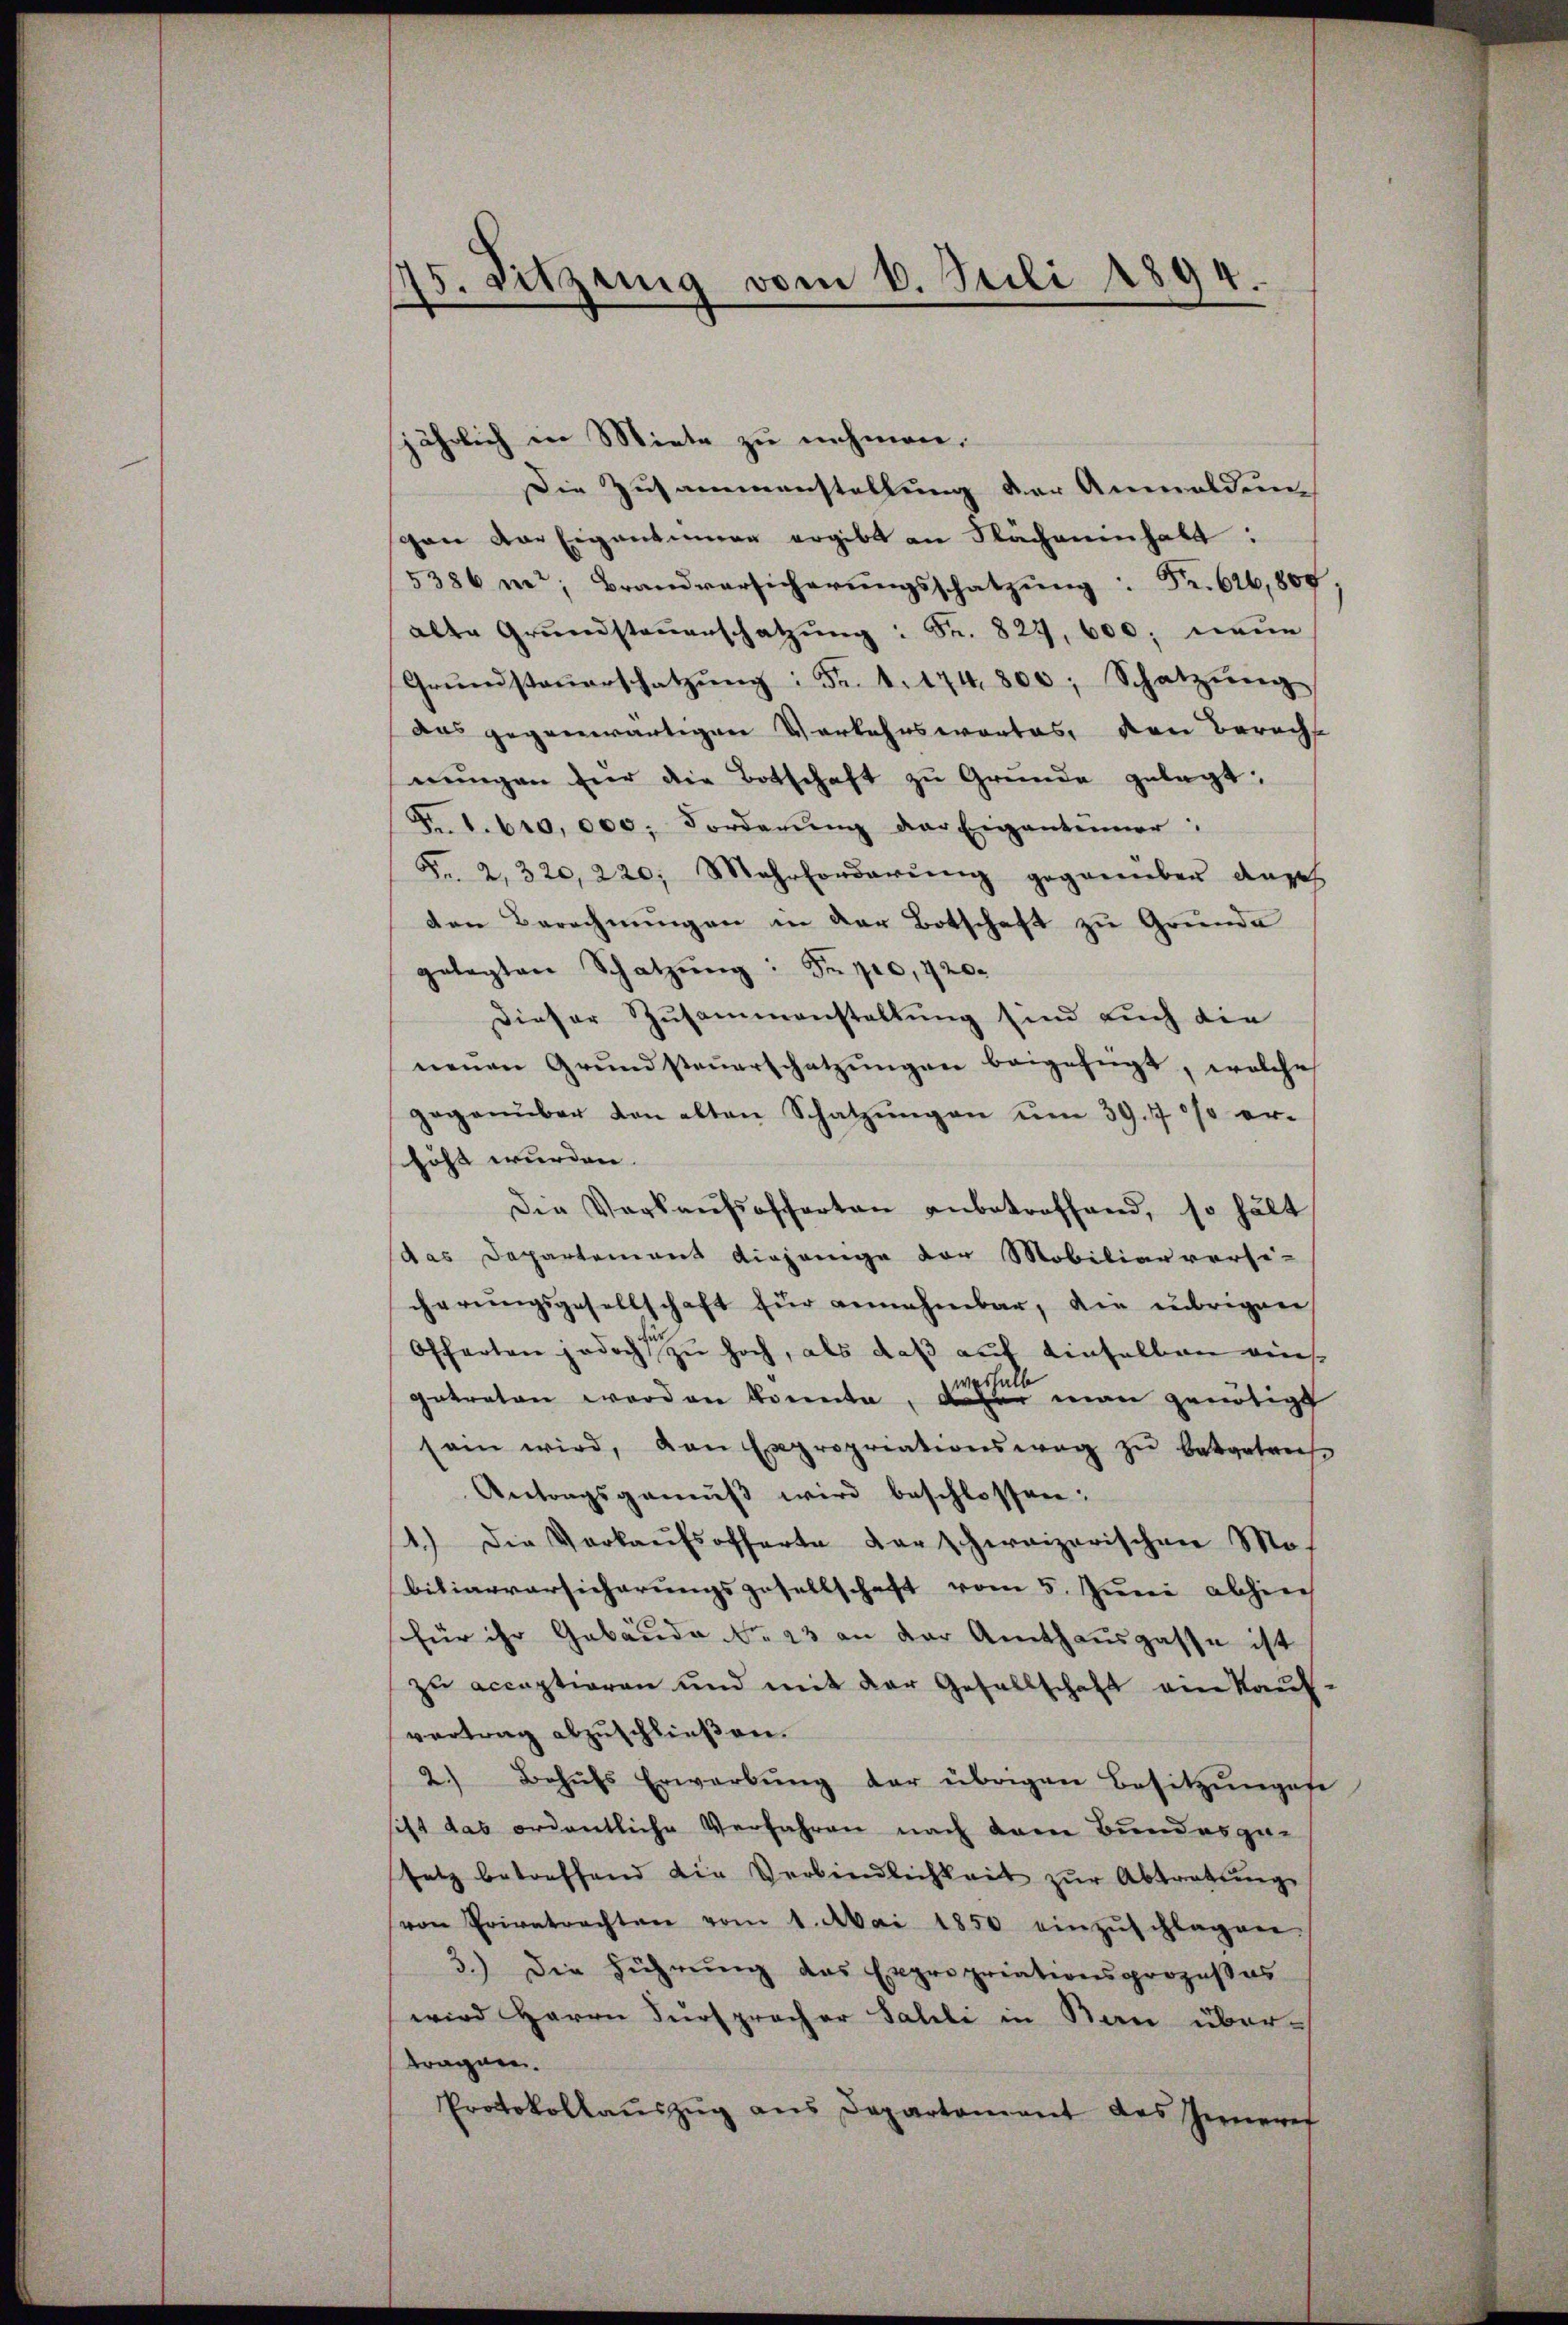
75. Sitzung vom 6. Juli 1894.
|

jährlich in Miete zu nehmen.
Die Zusammenstellung der Anmeldung
gan der Eigentümer ergibt an Flächenenhalt:
5386 i; Brandversicherungsschatzung: Fr. 616,800
alte Grŭndsteŭerschatzŭng: Fr. 824, 600 neue
Grŭndsteŭerschatzŭng: Fr. 4. 174. 800; Schatzŭng
das gegenwärtigen Verkehrswortes, den Berecht
nŭngen für die Botschaft zu Grunde gelegt:
Fr. 1. 610,000. Forderŭng der Eigentümer:
Fr. 2, 320, 220, Mehrforderŭng gegenüber angeh
den Berechnungen in der Botschaft zu Grunde
gelegten Schatzŭng: Si pro, 720.
Dieser Zusammenstellung sind auch die
neŭen Grŭndsteŭerschatzŭngen beigefügt, welche
gegenüber den alten Schatzŭngen ŭm 39. 700 er-
schöft wurden.
Die Verkaŭfsofferten anbetreffend, so hält
das Departement diejenige der Mobiliarversi-
cherungsgesellschaft für annehmbar, die übrigen
Offarten jedoch zu hoch, als daß auf einselben eins
getraten worden konnte, daher man genötigt
sein wird, von Expropriationsweg zŭ betreten.
Antragsgemäβ wird beschlossen:
1.) Die Verkaŭfsofferte darschweizerischen Mo-
biliarversicherungsgesellschaft vom 5. Juni abhiech
für ihr Gebäude No 23 an der Amthausgasse ist
zu acceptieren und mit der Gesellschaft ein kauf
vertrag abzuschließen.
2.) Behŭfs Erwarbŭng der übrigen Besitzŭngese
sist das ordentliche Verfahren nach dem Bundesgesatz betreffend die Verbindlichkeit zŭr Abtretŭng
von Privatrechten vom 1. Mai 1850 einzŭschlagen,
3.) Die Führung das Expropriationsprozeβas
wird Herrn Fürspracher Falli in San übertragnen.
Protokollaŭszŭg ans Departement des Inneres